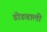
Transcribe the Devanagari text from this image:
डोडवाली